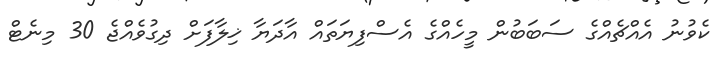
ކެވުނު އެއްޗެއްގެ ސަބަބުން މީހެއްގެ އެސްފިޔަތައް އާދަޔާ ޚިލާފަށް ދިގުވެއްޖެ 30 މިނެޓް